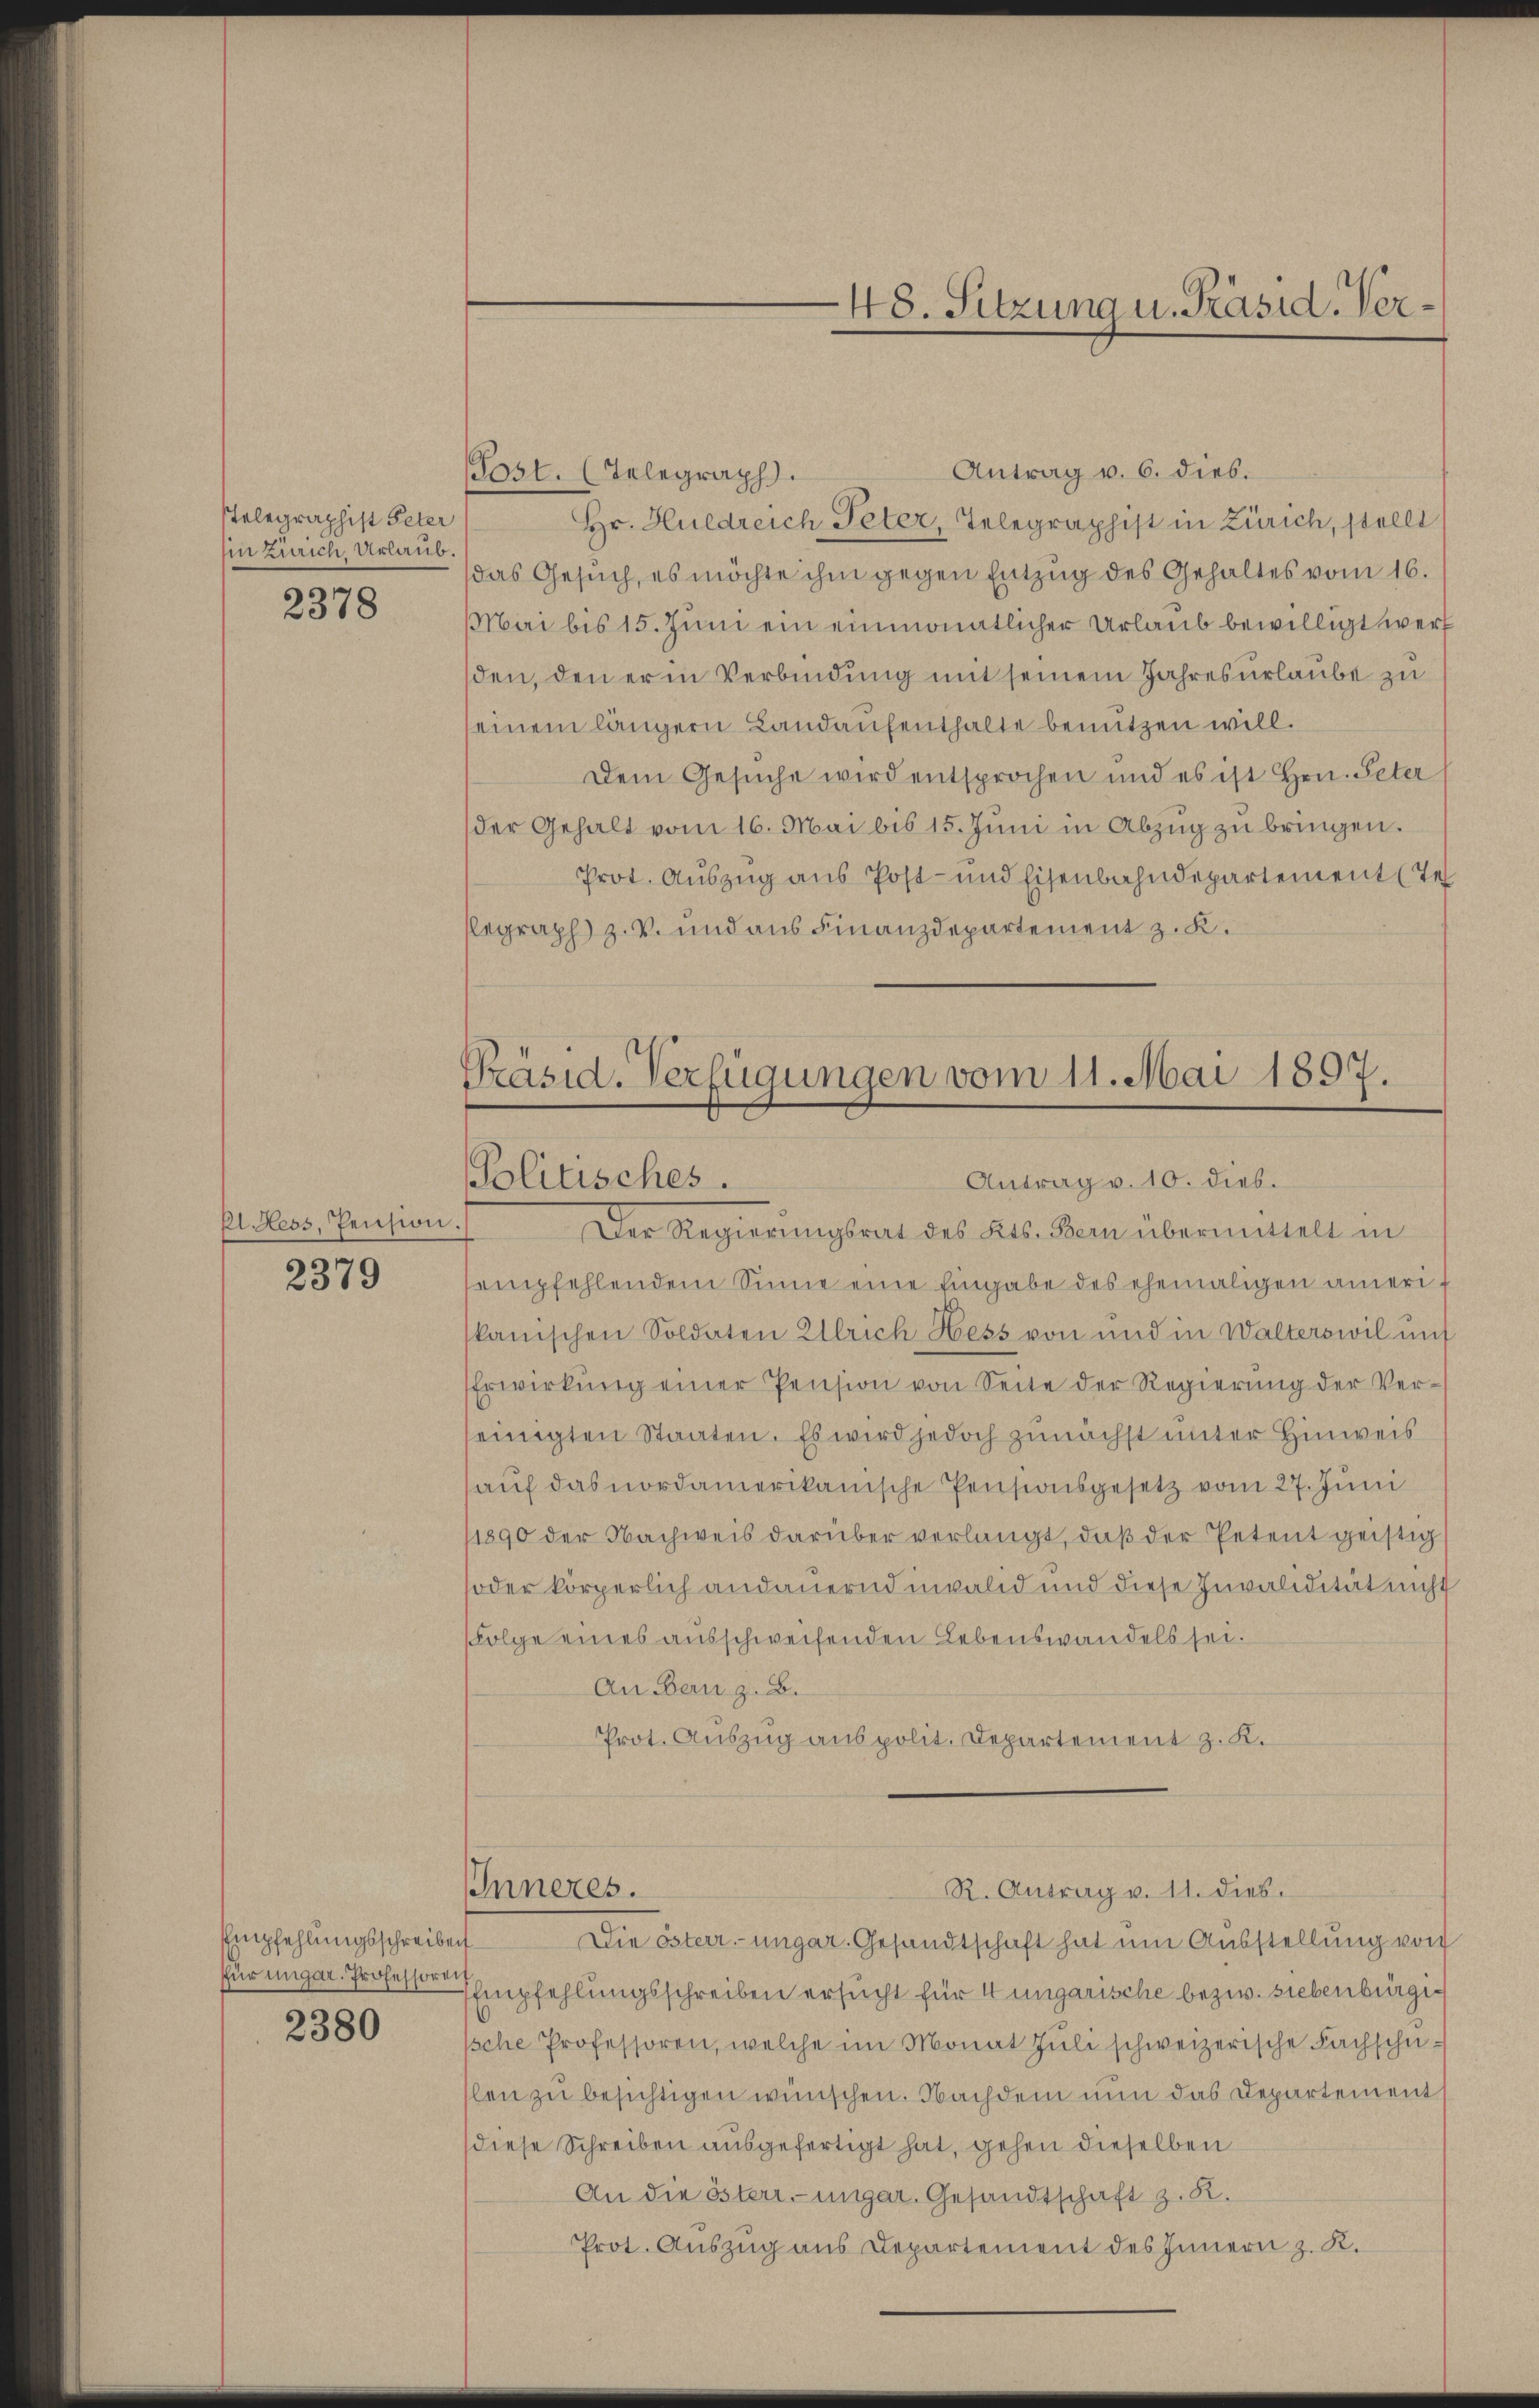
Telegraphist Peter
Ein Zürich, Urlaub.

2378

El. Hess, Pension.

2379

Empfehlungsschreiben
2380

Antrag v. 6. dies.
Post. (Telegraph
Hr. Huldreich Peter, Telegraphist in Zürich, stellt
das Gesuch, es möchte ihm gegen Entzug des Gehaltes vom 16.
Mai bis 15. Juni ein einmonatlicher Urlaub bewilligt werf
sden, den er in Verbindung mit seinem Jahresurlaube zu
seinem längern Landaufenthalte benutzen will.
Dem Gesuche wird entsprochen und es ist Hrn. Peter
der Gehalt vom 16. Mai bis 15. Juni in Abzug zu bringen.
Prot. Auszug aus Post- und Eisenbahndepartement (Te
legraph z. V. und aus Finanzdepartement z. K.
Präsid. Verfügungen vom 11. Mai 1897.

Der Regierŭngsrat des Kts. Bern übermittelt in
empfehlendem Sinne eine Eingabe des ehemaligen ameri
kanischen Soldaten Ullrich Hess von und in Walterswil unt
Erwirkŭng einer Pension von Seite der Regierŭng der Ver-
seinigten Staaten. Es wird jedoch zunächst unter Hinweis
auf das nordamerikanische Pensionsgesetz vom 27. Juni
1890 der Nachweis darüber verlangt, daß der Petent geistig
soder körperlich andauernd invalid und diese Invalidität nicht
Folge eines ausschweifenden Lebenswandels sei.
An Bern z. B.
Prot. Auszug aus polit. Departement z. K.

48. Sitzung u. Präsid. Ver¬

Politisches.
Antrag v. 10. dies.

IInneres.

R. Antrag v. 11. dies.

Die österr.-ungar. Gesandtschaft hat um Ausstellung von
für unger. Professoren Empfehlungsschreiben ersucht für 4 ungarische bezw. siebenbürgiische Professoren, welche im Monat Jŭli schweizerische Fachschulen zu besichtigen wünschen. Nachdem nun das Departement
diese Schreiben ausgefertigt hat, gehen dieselben
An die österr.-ungar. Gesandtschaft z. R.
Prot. Auszug aus Departement des Innern z. K.